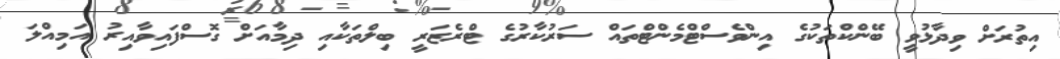
އިތުރަށް ވިދާޅުވީ ބޭންކްތަކުގެ އިންވެސްޓްމެންޓްތައް ސަރުކާރުގެ ޓްރެޒަރީ ބިލްތަކާއި ދިމާއަށް ގޮސްފައިވާއިރު އަމިއްލަ